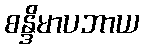
စန္ဒိမာပဘာယ